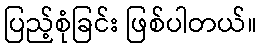
ပြည့်စုံခြင်း ဖြစ်ပါတယ်။